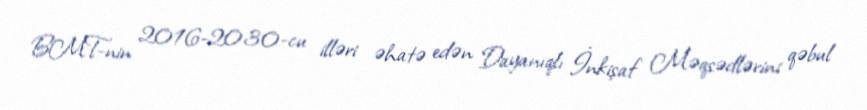
BMT-nin 2016-2030-cu illəri əhatə edən Dayanıqlı İnkişaf Məqsədlərini qəbul